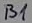
Text: B1